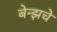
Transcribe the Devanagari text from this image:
बेन्झचे